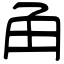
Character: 角